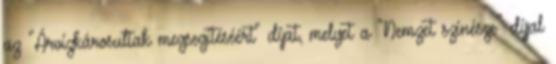
az "Árvízkárosultak megsegítéséért" díjat, melyet a "Nemzet színésze" díjjal